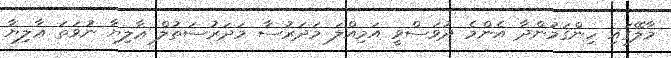
މާލޭގައި ހިންގަމުންދާ އެންމެ ދުވަސްވީ އަމިއްލަ މަދަރުސާ މަދަރުސަތުލް ޢާލިޔާ ނުވަތަ ޢާލިޔާ